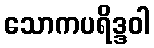
သောကပရိဒ္ဒဝါ